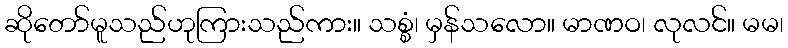
ဆိုတော်မူသည်ဟုကြားသည်ကား။ သစ္စံ၊ မှန်သလော။ မာဏဝ၊ လုလင်။ မမ၊